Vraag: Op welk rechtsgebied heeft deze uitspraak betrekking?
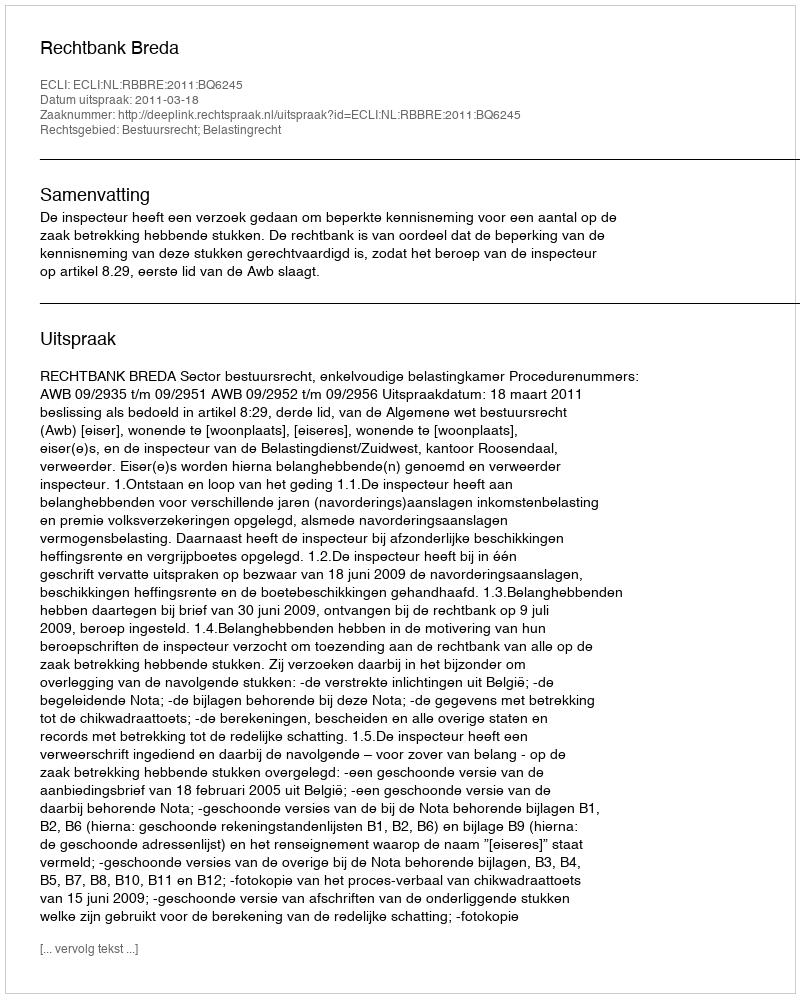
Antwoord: Bestuursrecht; Belastingrecht